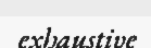
exhaustive